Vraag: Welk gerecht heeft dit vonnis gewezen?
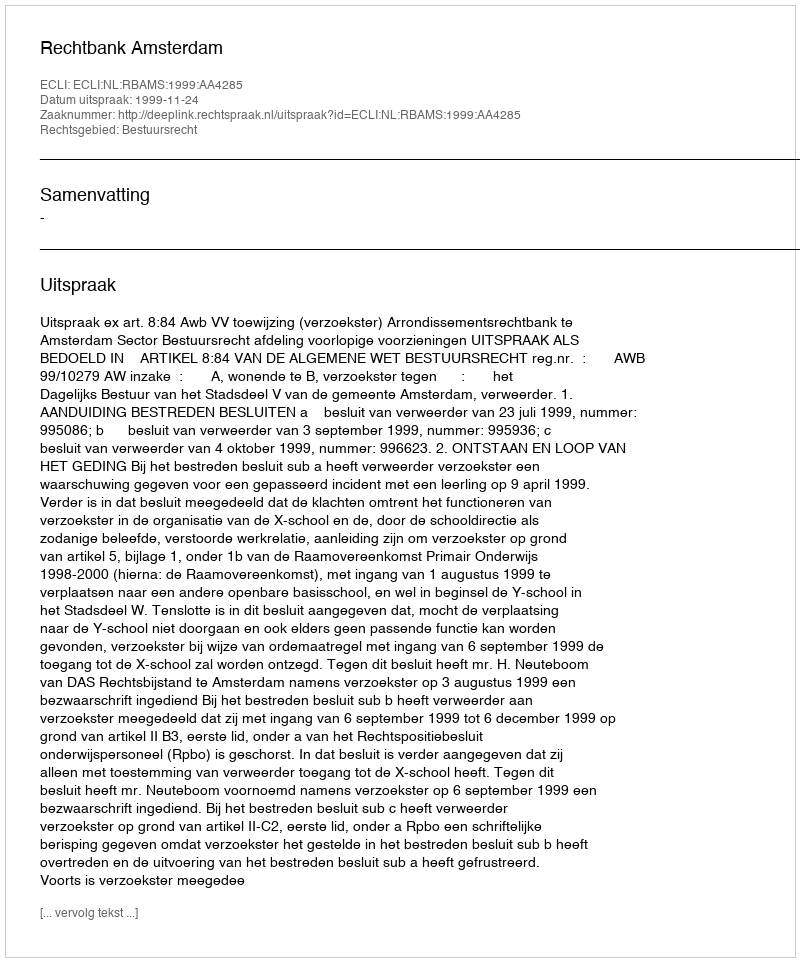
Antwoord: Rechtbank Amsterdam